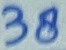
Text: 38